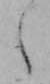
え